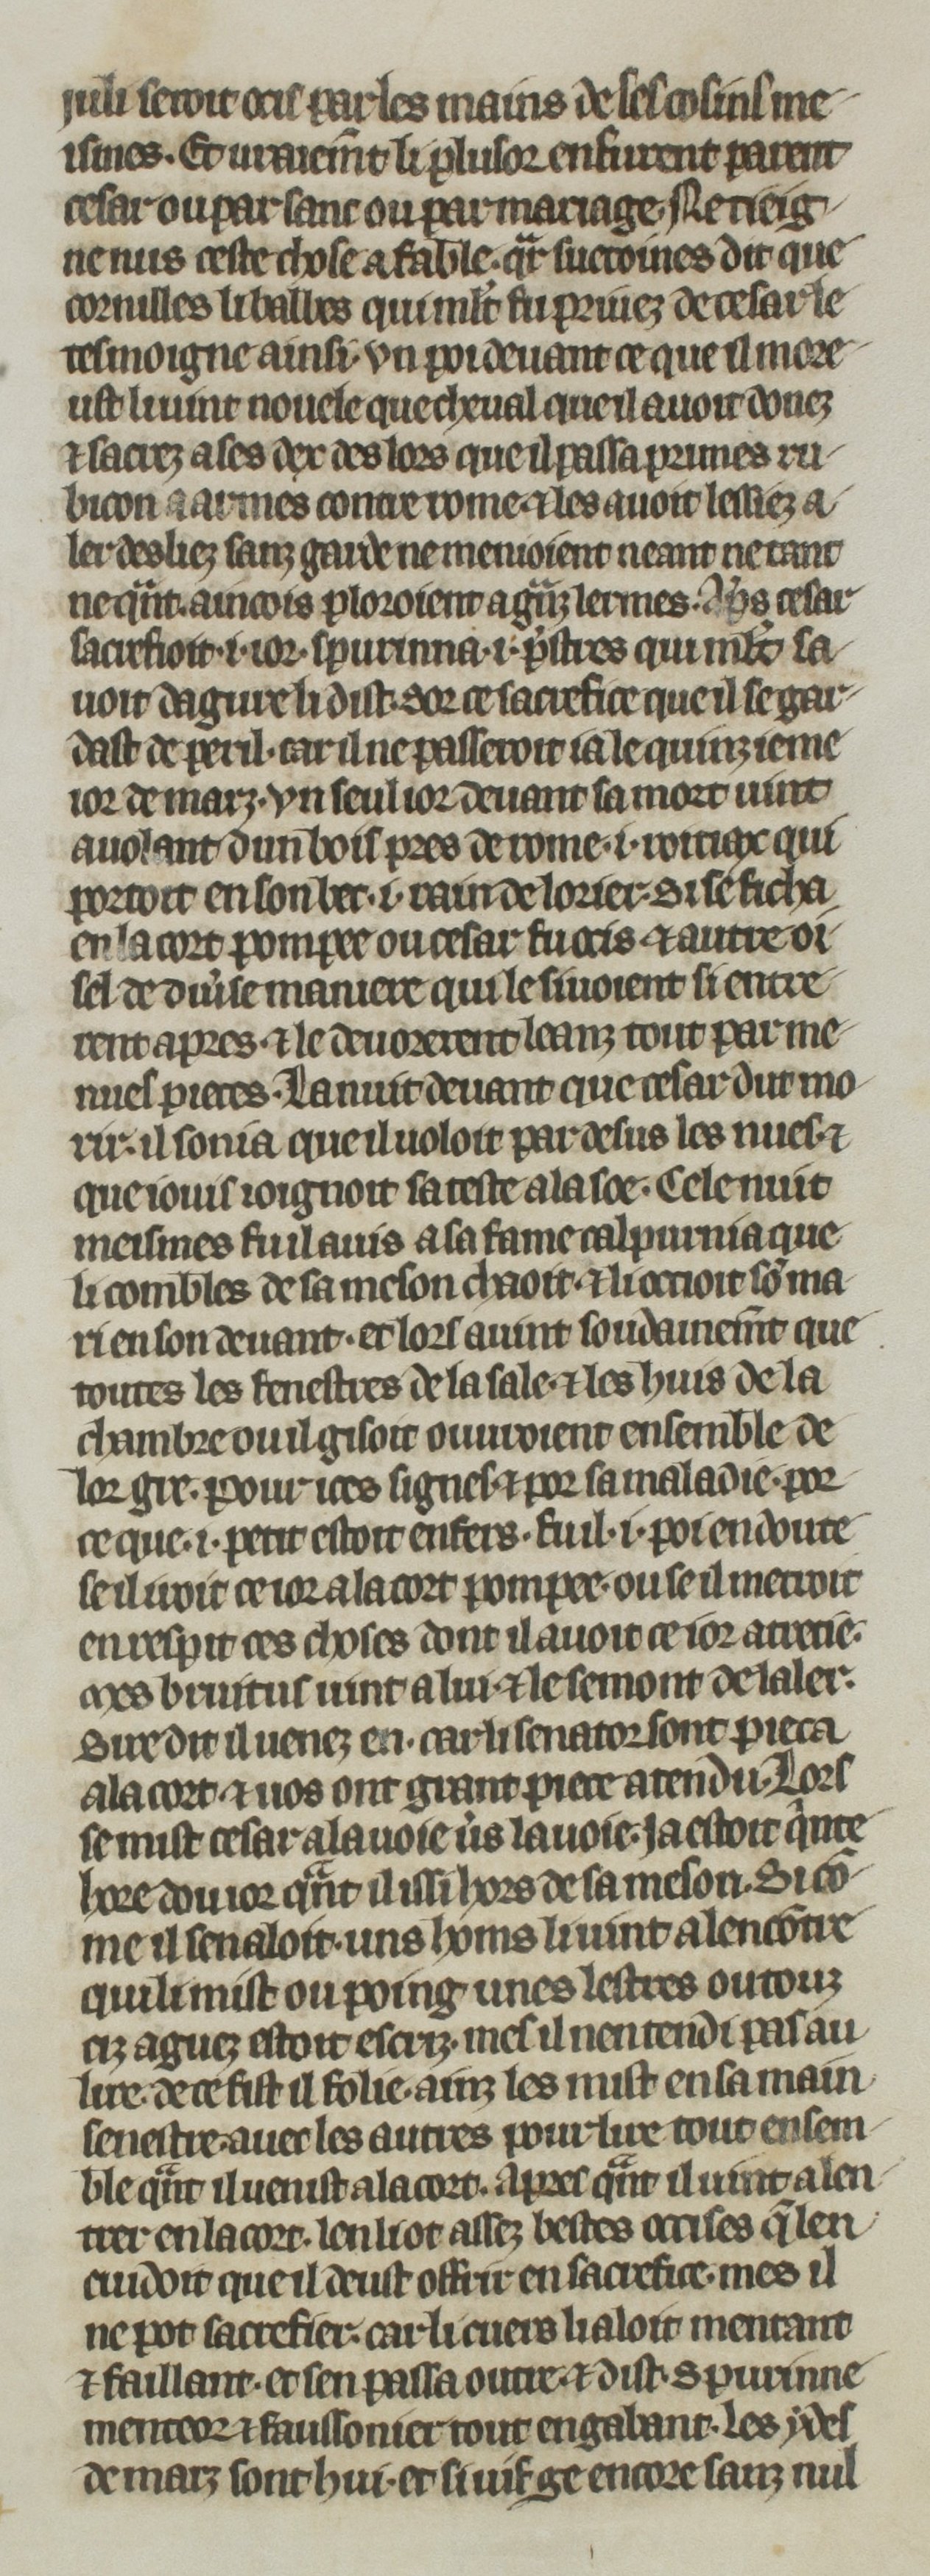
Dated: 1270–1299